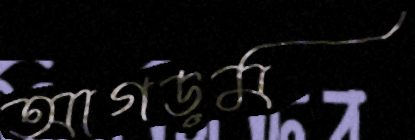
আগড়ম